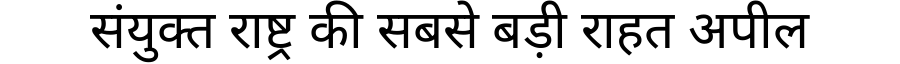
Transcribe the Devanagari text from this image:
संयुक्त राष्ट्र की सबसे बड़ी राहत अपील